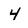
Character: 4